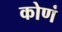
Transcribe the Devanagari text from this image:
कोणं